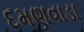
દમણવાડા